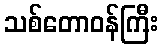
သစ်တောဝန်ကြီး